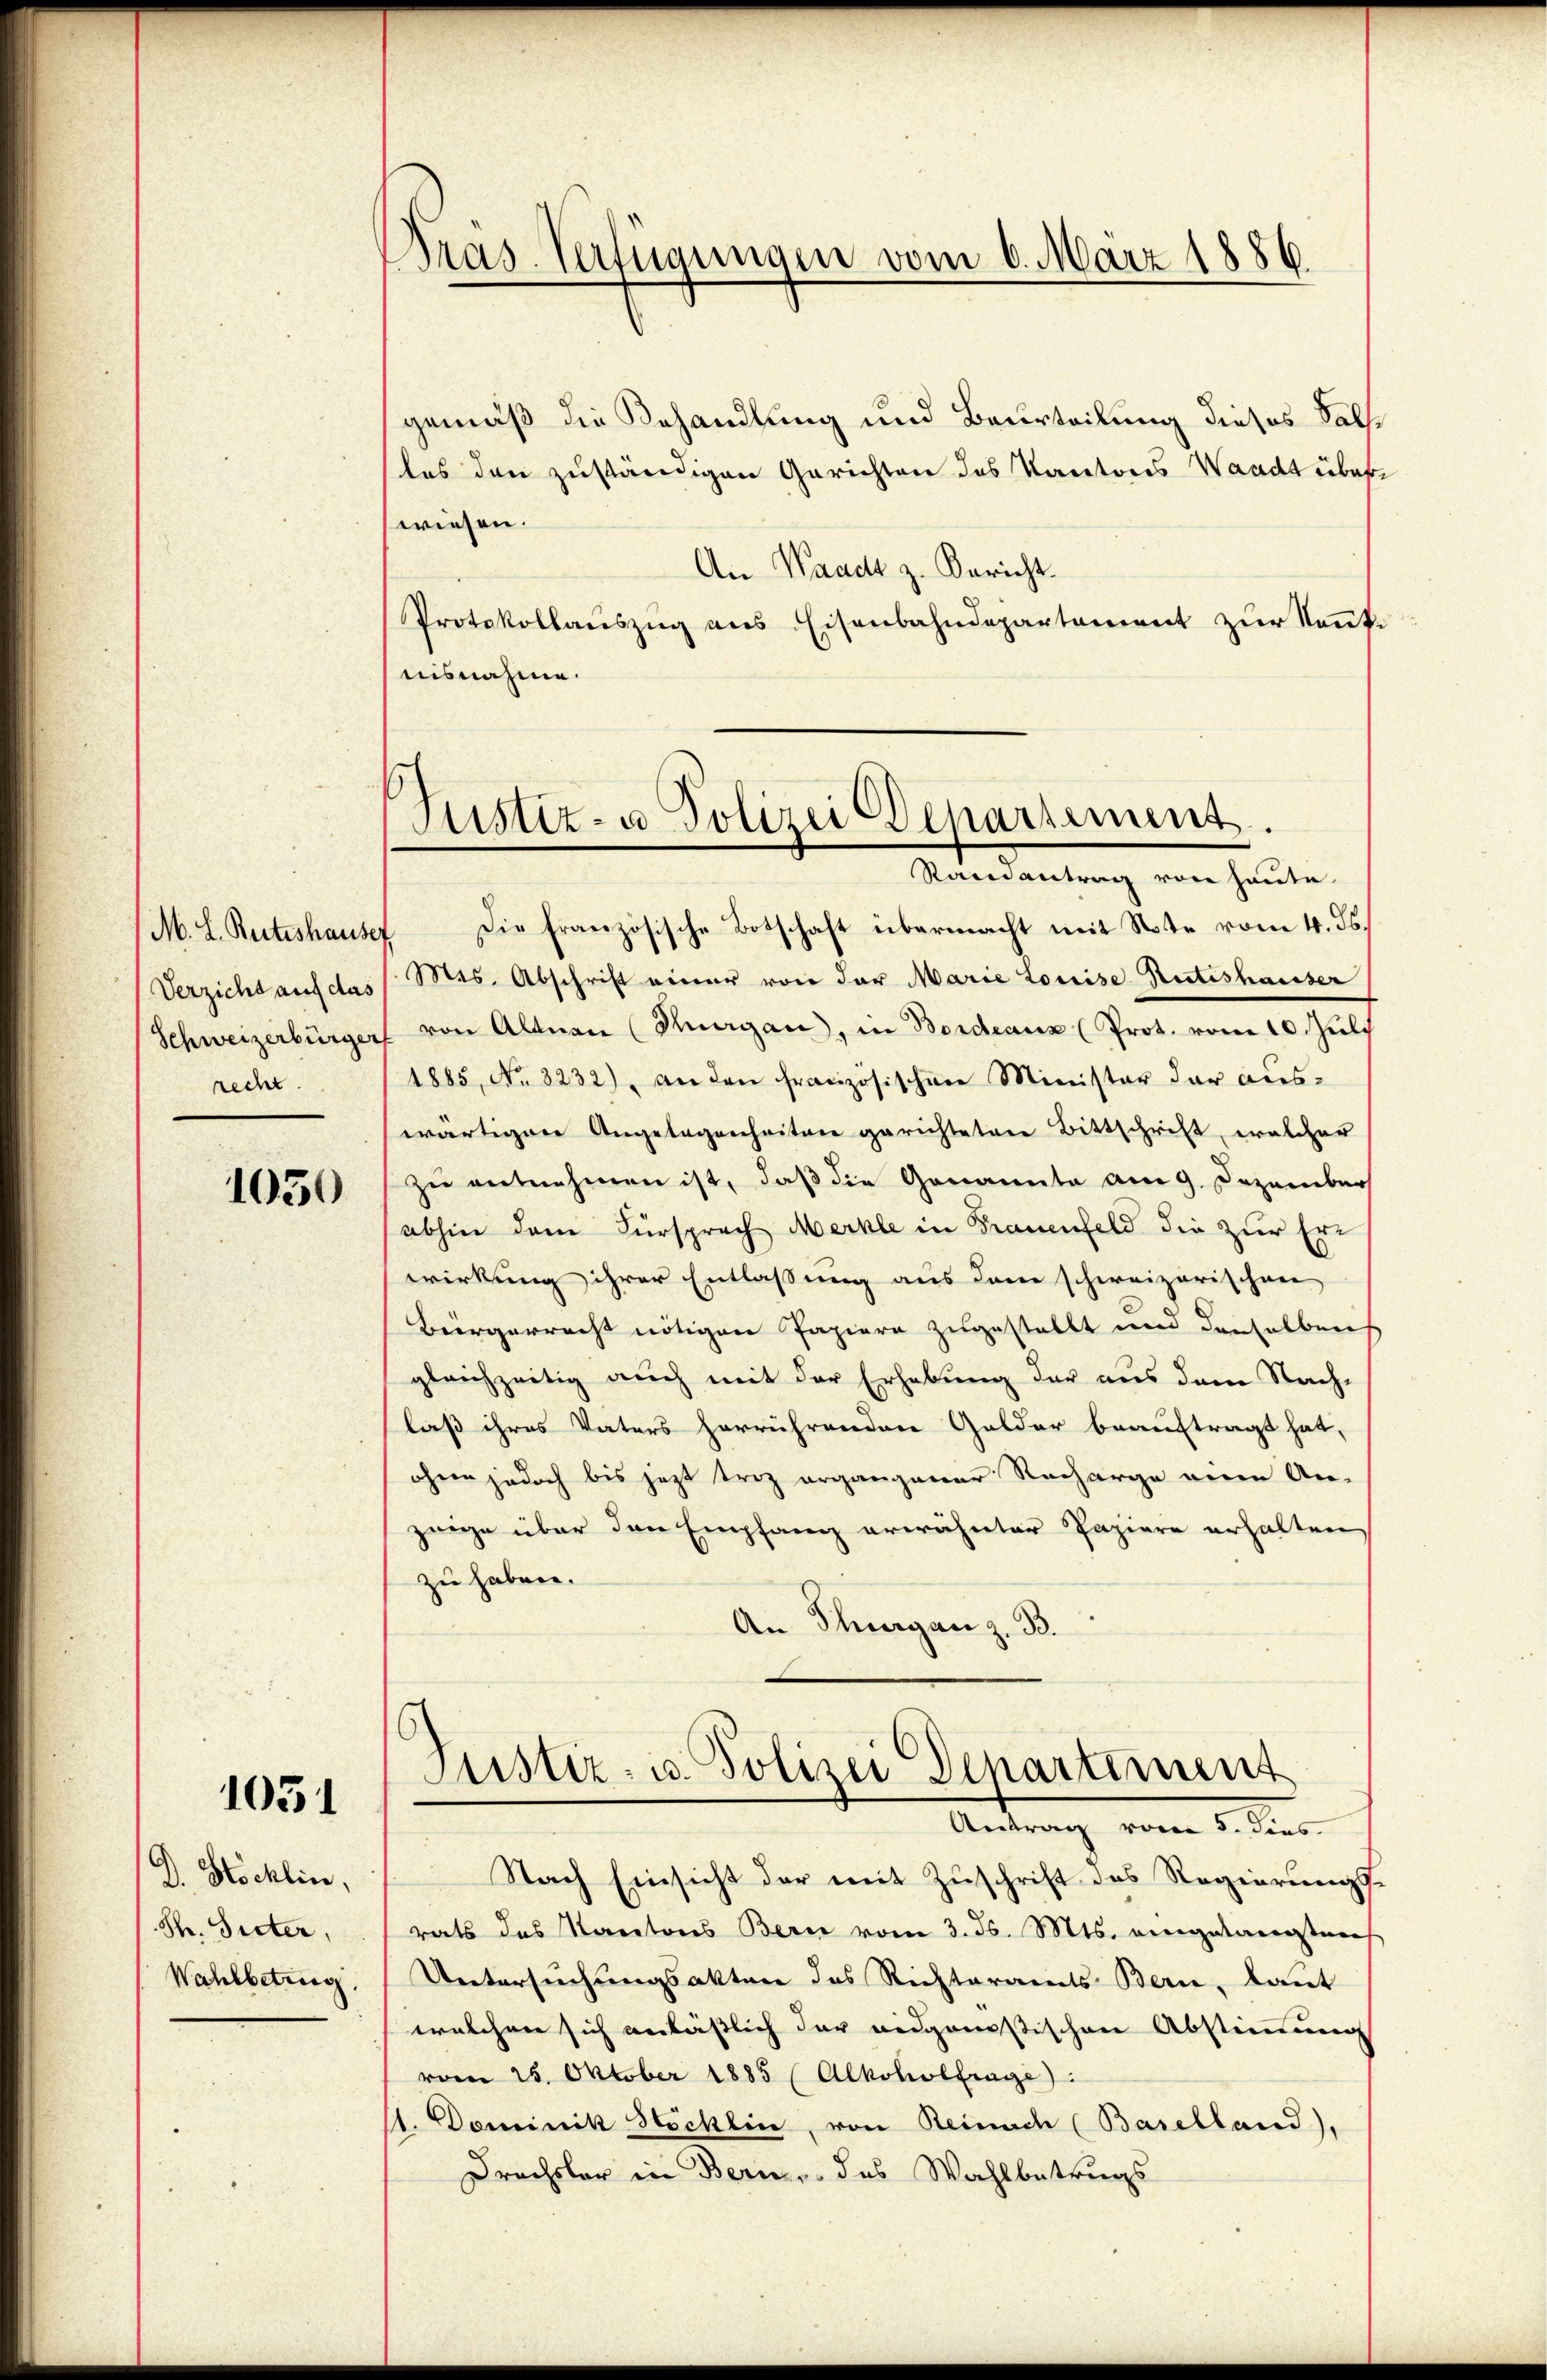
M. L. Ruteshause
Verzicht auf das
Schweizerbürger
recht.

1050

1051

D. Höcklin,
Sh. Giiter,
Wahlbetrug.

Pras-Verfügungen vom 6. März 1886

gemäß die Behandlung und Beurteilung dieses Fallles den zuständigen Gerichten des Kantons Waadt über
wiesen.
An Waadt z. Bericht
Protokollauszug aus Eisenbahndepartement zur Senti
nisnahme.

1
Justiz- u Polizei Departement.
Randantrag von heute.

Die Französische Botschaft übermacht mit Note vom 4. ds.
Mes. Abschrift einer von der Marie Louise Rütishausser
von Altnau (Thurgau, in Bordeaux (Prot. vom 10. Juli
1885, No. 3232), an den französischen Minister der aŭs-
wärtigen Angelegenheiten gerichteten Bittschrift, welcher
zu entnehmen ist, daß die Genannte am 9. Dezember
abhin dem Fürsprach Merkle in Frauenfeld die zur Erwirkung ihrer Entlassung aus dem schweizerischen
Bürgerrecht nötigen Papiere zugestellt und denselben
gleichzeitig auch mit der Erhebung der aus dem Nachlaß ihres Vaters herrührenden Golder beauftragt hat,
ohne jedoch bis jetzt triz organgener Nacharge eine An-
zeige über den Empfang erwähnter Papiere erhalten
zu haben.
An Thurgan z. B.

Justiz- u. Polizei Departement
Antrag vom 1. der

Nach Einsicht der mit Zuschrift des Regierungs-
rats das Kantons Bern vom 3. ds. Mts. eingelangstrech
Untersuchungsakten des Richteramts Bern, kant
welchen sich anlässlich der eidganistischen Abstimmung
vom 25. Oktober 1885 (Alkoholfrage:
s. Dominik Stöcklin, von Reinach (Baselland),
Drachsler in Bern, das Wahlbetrugs